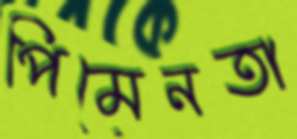
পিমেনতা